Indian Medical Review
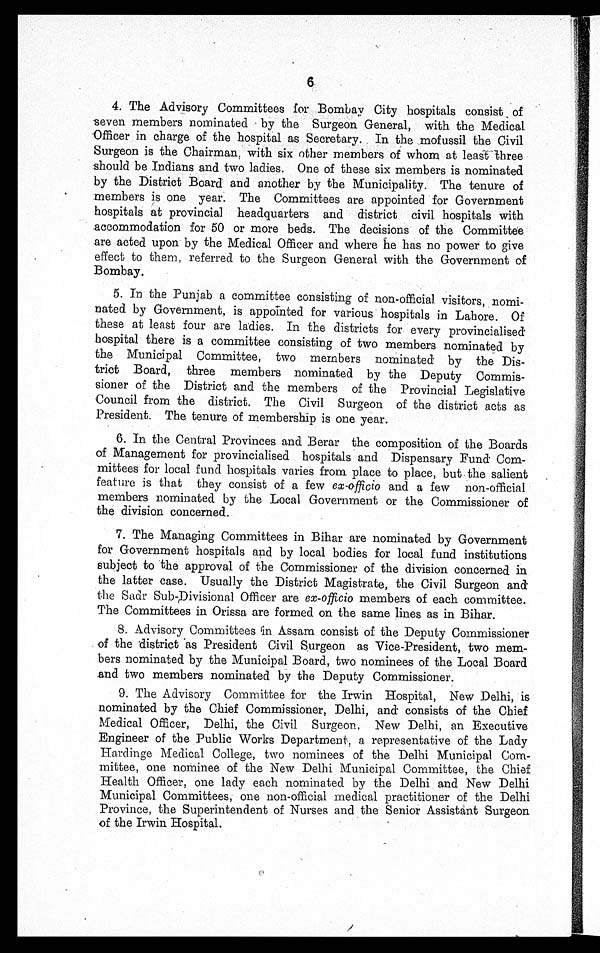
6
4. The Advisory Committees for Bombay City hospitals consist of
seven members nominated by the Surgeon General, with the Medical
Officer in charge of the hospital as Secretary. In the mofussil the Civil
Surgeon is the Chairman, with six other members of whom at least three
should be Indians and two ladies. One of these six members is nominated
by the District Board and another by the Municipality. The tenure of
members is one year. The Committees are appointed for Government
hospitals at provincial headquarters and district civil hospitals with
accommodation for 50 or more beds. The decisions of the Committee
are acted upon by the Medical Officer and where he has no power to give
effect to them, referred to the Surgeon General with the Government of
Bombay.
5. In the Punjab a committee consisting of non-official visitors, nomi
-
nated by Government, is appointed for various hospitals in Lahore. Of
these at least four are ladies. In the districts for every provincialised
hospital there is a committee consisting of two members nominated by
the Municipal Committee, two members nominated by the Dis
-
trict Board, three members nominated by the Deputy Commis
- s i o n e r o f t h e D i s t r i c t a n d t h e m e m b e r s o f t h e P r o v i n c i a l L e g i s l a t i v e
Council from the district. The Civil Surgeon of the district acts as
President. The tenure of membership is one year.
6. In the Central Provinces and Berar the composition of the Boards
of Management for provincialised hospitals and Dispensary Fund Com
-
mittees for local fund hospitals varies from place to place, but the salient
feature is that they consist of a few ex-officio and a few non-official
members nominated by the Local Government or the Commissioner of
the division concerned.
7. The Managing Committees in Bihar are nominated by Government
for Government hospitals and by local bodies for local fund institutions
subject to the approval of the Commissioner of the division concerned in
the latter case. Usually the District Magistrate, the Civil Surgeon and
the Sadr Sub-Divisional Officer are ex-officio members of each committee.
The Committees in Orissa are formed on the same lines as in Bihar.
8. Advisory Committees in Assam consist of the Deputy Commissioner
of the district as President Civil Surgeon as Vice-President, two mem
-
bers nominated by the Municipal Board, two nominees of the Local Board
and two members nominated by the Deputy Commissioner.
9. The Advisory Committee for the Irwin Hospital, New Delhi, is
nominated by the Chief Commissioner, Delhi, and consists of the Chief
Medical Officer, Delhi, the Civil Surgeon, New Delhi, an Executive
Engineer of the Public Works Department, a representative of the Lady
Hardinge Medical College, two nominees of the Delhi Municipal Com
-
mittee, one nominee of the New Delhi Municipal Committee, the Chief
Health Officer, one lady each nominated by the Delhi and New Delhi
Municipal Committees, one non-official medical practitioner of the Delhi
Province, the Superintendent of Nurses and the Senior Assistant Surgeon
of the Irwin Hospital.